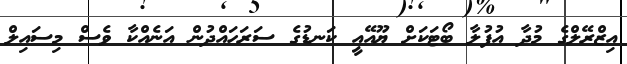
އިޒްރޭލްގެ މުދާ އުފުލާ ބޯޓަކަށް ޔޫއޭއީ ކަނޑުގެ ސަރަހައްދުން އަނެއްކާ ވެސް މިސައިލް